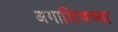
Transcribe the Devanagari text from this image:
अगाशिवच्या